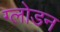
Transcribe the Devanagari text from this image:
ग्लोडन